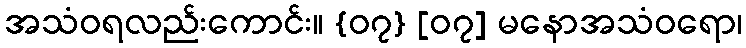
အသံဝရလည်းကောင်း။ {၀၇} [၀၇] မနောအသံဝရော၊